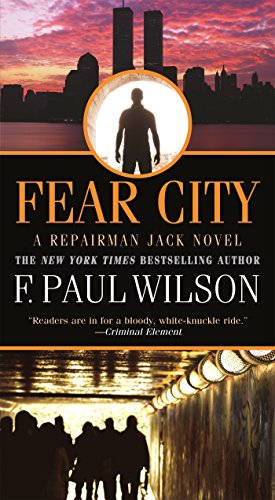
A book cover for Fear City (Repairman Jack); F. Paul Wilson; Mystery, Thriller & Suspense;